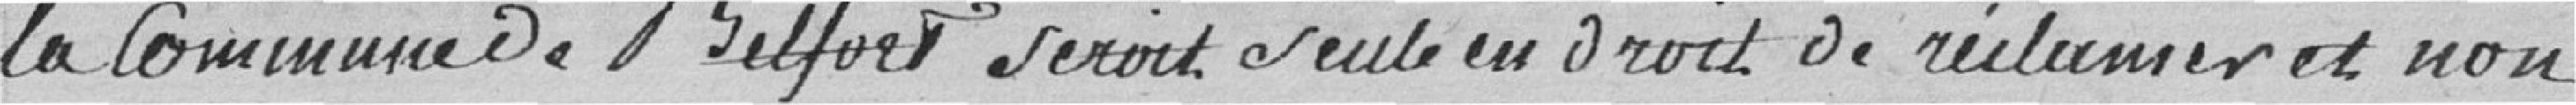
la commune de Belfort serait seule en droit de réclamer et non